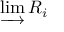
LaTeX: \varinjlim R _ { i }